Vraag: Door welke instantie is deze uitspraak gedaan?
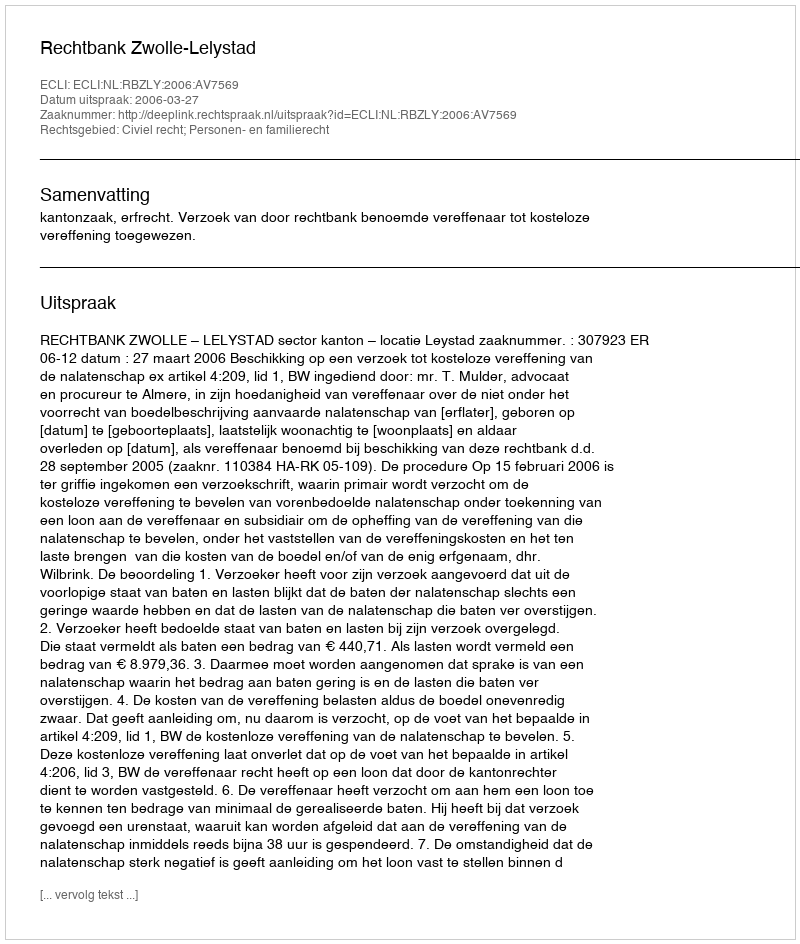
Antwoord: Rechtbank Zwolle-Lelystad